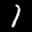
Label: 1